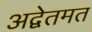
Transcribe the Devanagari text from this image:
अद्वेतमत